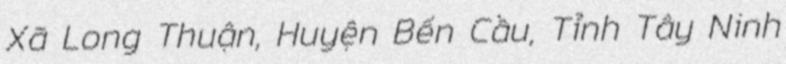
Xã Long Thuận, Huyện Bến Cầu, Tỉnh Tây Ninh